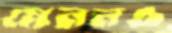
মেননও